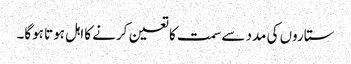
ستاروں کی مدد سے سمت کا تعین کرنے کا اہل ہوتا ہوگا۔